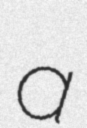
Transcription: a